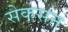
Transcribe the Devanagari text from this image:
सेकसन